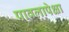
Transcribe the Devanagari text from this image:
पावलापेक्षा